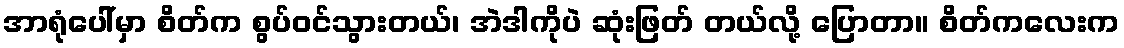
အာရုံပေါ်မှာ စိတ်က စွပ်ဝင်သွားတယ်၊ အဲဒါကိုပဲ ဆုံးဖြတ် တယ်လို့ ပြောတာ။ စိတ်ကလေးက